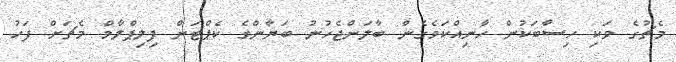
މެޗުގެ ވަކި ހިސާބަކުން ހާނިއްކަވެގެން ބާލަންޖެހުނު ބަޔާންގެ ކެޕްޓަން ފިލިޕްލާމް މެޗަށް ފަހު